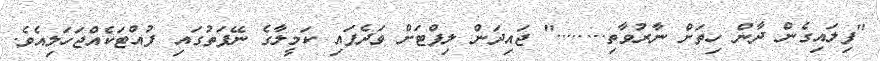
"ފިލައިގެން ދާން ހިތަށް ނާރުވާތި........" ޖައިދަން ލިފްޓަށް ވަދެފައި ކަމީލާގެ ނޭފަތުގައި ފުއްޓަކެއްޖަހަލިއެވެ.